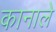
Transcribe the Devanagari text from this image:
कानाले